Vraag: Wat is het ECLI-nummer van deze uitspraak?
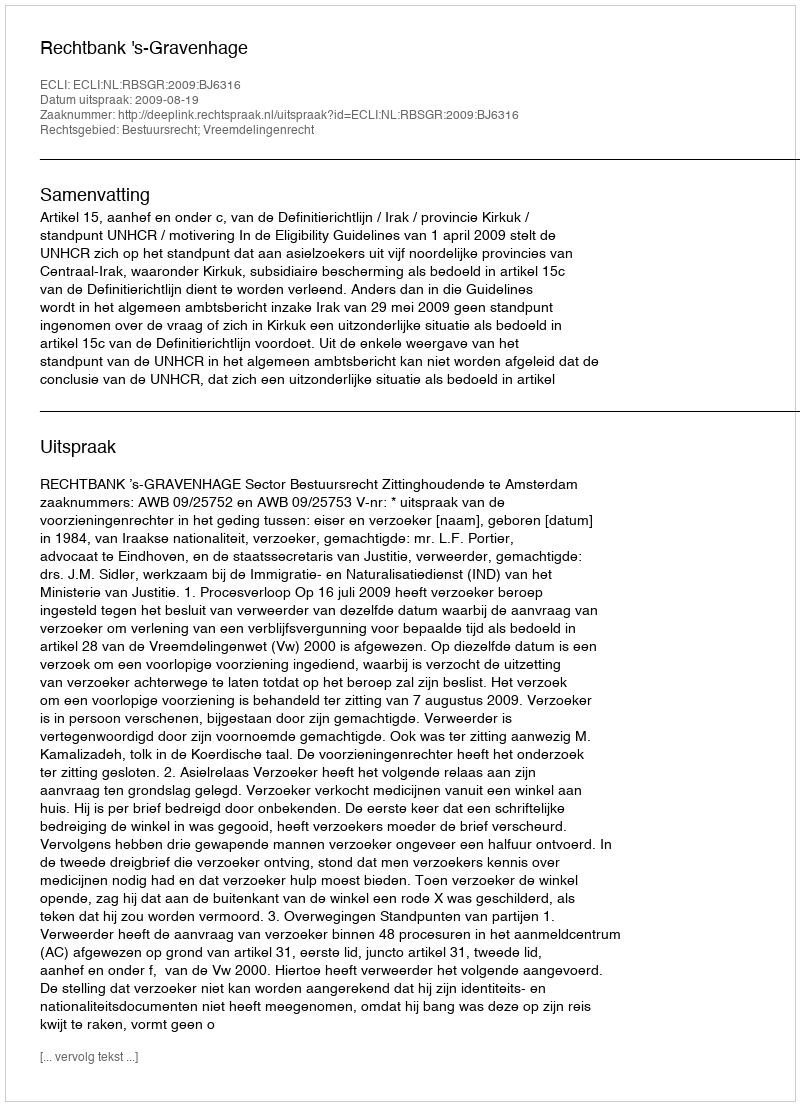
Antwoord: ECLI:NL:RBSGR:2009:BJ6316